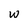
Character: W